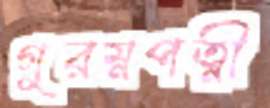
গুরম্নপত্নী